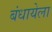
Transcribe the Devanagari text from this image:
बंधायेला